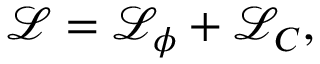
\mathcal { L } = \mathcal { L } _ { \phi } + \mathcal { L } _ { C } ,